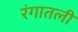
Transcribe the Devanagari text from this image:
रंगातली